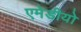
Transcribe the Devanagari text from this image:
एमेडीयो